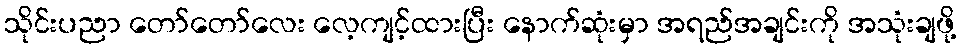
သိုင်းပညာ တော်တော်လေး လေ့ကျင့်ထားပြီး နောက်ဆုံးမှာ အရည်အချင်းကို အသုံးချဖို့